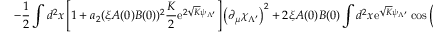
\left. - \frac 1 2 \int d ^ { 2 } x \left[ 1 + a _ { 2 } ( \xi A ( 0 ) B ( 0 ) ) ^ { 2 } \frac { K } { 2 } \mathrm { e } ^ { 2 \sqrt { K } \psi _ { \Lambda ^ { \prime } } } \right] \left( \partial _ { \mu } \chi _ { \Lambda ^ { \prime } } \right) ^ { 2 } + 2 \xi A ( 0 ) B ( 0 ) \int d ^ { 2 } x \mathrm { e } ^ { \sqrt { K } \psi _ { \Lambda ^ { \prime } } } \cos \left( \sqrt { K } \chi _ { \Lambda ^ { \prime } } \right) \right\} ,